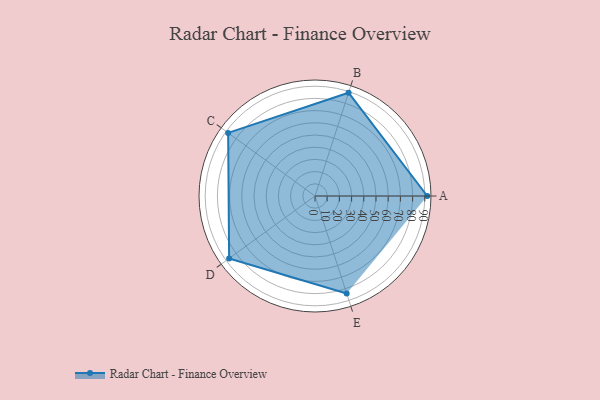
{"axis": {"x": "Skill", "y": "Score"}, "legend": ["Profile"], "data": [{"x": "A", "y": 92.0, "type": "Profile"}, {"x": "B", "y": 89.0, "type": "Profile"}, {"x": "C", "y": 88.0, "type": "Profile"}, {"x": "D", "y": 87.0, "type": "Profile"}, {"x": "E", "y": 84.0, "type": "Profile"}]}